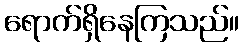
ရောက်ရှိနေကြသည်။